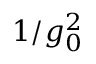
1 / g _ { 0 } ^ { 2 }